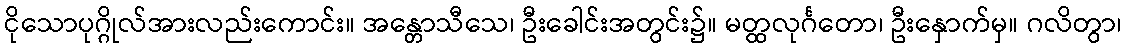
ငိုသောပုဂ္ဂိုလ်အားလည်းကောင်း။ အန္တောသီသေ၊ ဦးခေါင်းအတွင်း၌။ မတ္ထလုင်္ဂတော၊ ဦးနှောက်မှ။ ဂလိတွာ၊